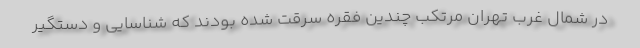
در شمال غرب تهران مرتکب چندین فقره سرقت شده بودند که شناسایی و دستگیر